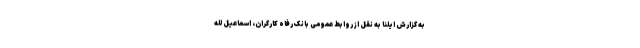
به گزارش ایلنا به نقل از روابط عمومی بانک رفاه کارگران، اسماعیل لله